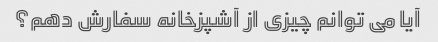
آیا می توانم چیزی از آشپزخانه سفارش دهم؟